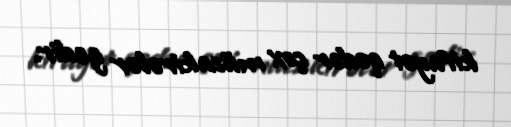
kifayət qədər çox müzakirələr gedir.